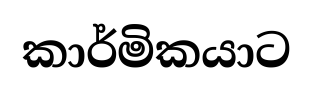
කාර්මිකයාට